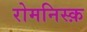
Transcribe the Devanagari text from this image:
रोमनिस्क़